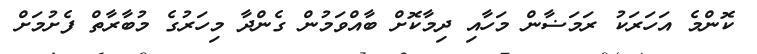
ކޮންމެ އަހަރަކު ރަމަޟާން މަހާއި ދިމާކޮށް ބާއްވަމުން ގެންދާ މިހަރުގެ މުބާރާތް ފެށުމަށް